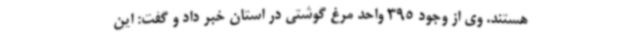
هستند. وی از وجود 395 واحد مرغ گوشتی در استان خبر داد و گفت: این